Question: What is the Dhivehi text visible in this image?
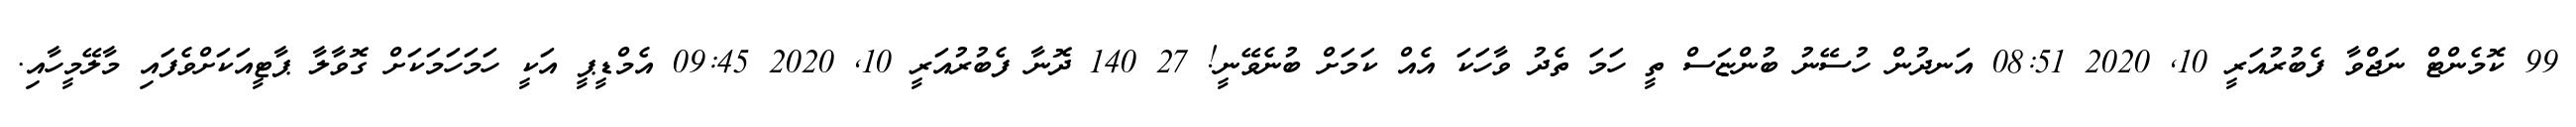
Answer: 99 ކޮމެންޓް ނަޖްވާ ފެބުރުއަރީ 10, 2020 08:51 އަނދުން ހުސޭނު ބުންޏަސް ތީ ހަމަ ތެދު ވާހަކަ އެއް ކަމަށް ބުނެވޭނީ! 27 140 ދޮނާ ފެބުރުއަރީ 10, 2020 09:45 އެމްޑީޕީ އަކީ ހަމަހަމަކަށް ގޮވާލާ ޕާޓީއަކަށްވެފައި މާލޭމީހާއި.